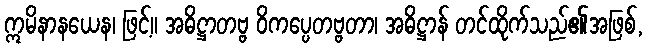
ဣမိနာနယေန၊ ဖြင့်။ အဓိဋ္ဌာတဗ္ဗ ဝိကပ္ပေတဗ္ဗတာ၊ အဓိဋ္ဌာန် တင်ထိုက်သည်၏အဖြစ်,